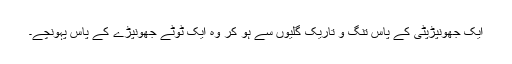
ایک جھونپڑپٹّی کے پاس تنگ و تاریک گلیوں سے ہو کر وہ ایک ٹوٹے جھونپڑے کے پاس پہونچے۔